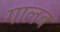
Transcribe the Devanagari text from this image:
गालब